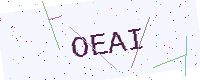
Text: OEAI